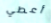
أعطي